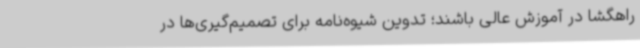
راهگشا در آموزش عالی باشند؛ تدوین شیوه‌نامه برای تصمیم‌گیری‌ها در